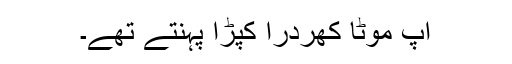
آپ موٹا کھردرا کپڑا پہنتے تھے۔